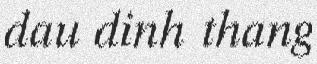
dau dinh thang